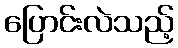
ပြောင်းလဲသည့်